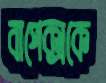
বাপেক্সকে